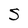
Character: S